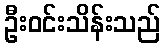
ဦးဝင်းသိန်းသည်